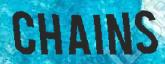
CHAINS